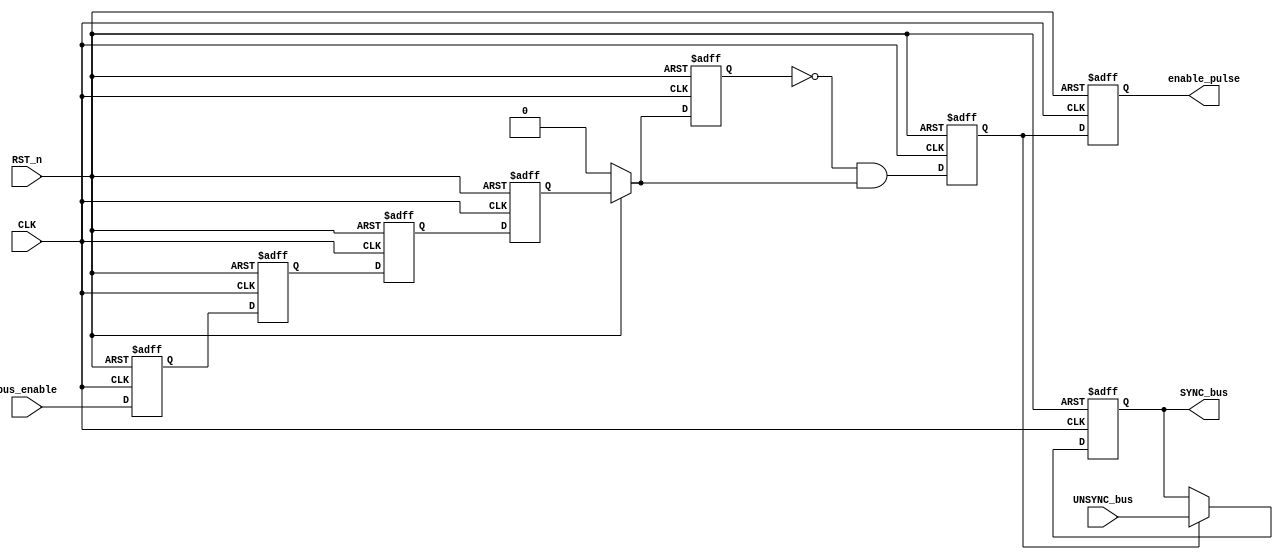
module Data_Sync #(parameter NUM_STAGES = 'd4 , parameter BUS_WIDTH = 1) (

input CLK     ,
input RST_n   ,
input bus_enable ,
input      [BUS_WIDTH -1  : 0] UNSYNC_bus ,

output  reg enable_pulse ,
output  reg [BUS_WIDTH - 1 : 0] SYNC_bus

);


reg  pulse_gen ;
reg  Q_in;
reg  [NUM_STAGES -1 : 0]  FF_Stage ;
reg  data_SYN2; 

genvar i ;

generate

	for(i = 0 ; i < NUM_STAGES ; i = i + 1)
	begin
	  
	  always @(posedge CLK or negedge RST_n)
	  begin
	  	
	  	if (!RST_n) begin
	  	    FF_Stage[i] <= 0;       // when I reset data sync here it gived multi driver issue so I did separated always as below
	  	end


	  	else if (i == 0) begin
	  		FF_Stage[i] <= bus_enable;
	  	end

        
        // else if(i == NUM_STAGES - 1) begin   //Final FF       ----->  (1)
        //     data_SYN2 <= FF_Stage [i-1]; 
        // end
	  	
	  	else begin
	        FF_Stage[i] <= FF_Stage[i-1];		
	  	end

	  end
	end  



	always @(*) begin               //I did this separated always for data_sync to avoid multtiple driver issue caused when I used --> (1)
		if(!RST_n) begin
			data_SYN2 = 0;          // why I need to do that while the out is right --> as in the first solutoion for a certain period of time at beginning 
		end else begin              // the data_sync has an unknown value so I need to avoid this by reseting and can't use 1 so I did this separated always 
			 data_SYN2 = FF_Stage [NUM_STAGES - 1] ;
		end
	end
	
endgenerate


/////////////////////////////////////////////
/////////////// Pulse Generator /////////////
/////////////////////////////////////////////

always @(posedge CLK or negedge RST_n) begin
	if (!RST_n) begin
	 pulse_gen <= 1'b0;
	 Q_in  <= 1'b0;
	end

	else begin
     Q_in <= data_SYN2;
	 pulse_gen <= ~Q_in & data_SYN2 ;	
	end
end



/////////////////////////////////////////////
//////////////// SYNC BUS ///////////////////
/////////////////////////////////////////////


always @(posedge CLK or negedge RST_n) begin
	if (!RST_n) begin
	   SYNC_bus <= 1'b0;
	end

	else begin
	  SYNC_bus <= (pulse_gen)? UNSYNC_bus : SYNC_bus;	
	end
end



/////////////////////////////////////////////
///////////////// Enable Bus ////////////////
/////////////////////////////////////////////

always @(posedge CLK or negedge RST_n) begin
	if (!RST_n) begin
	  enable_pulse <= 1'b0;
	end

	else begin
	  enable_pulse <= pulse_gen;	
	end
end



endmodule







///////////////////////////////////////////////////////////////////////////
////////////////////////////TESTBENCH /////////////////////////////////////
///////////////////////////////////////////////////////////////////////////






// module Data_Sync_tb;

// parameter PERIOD_CLOCK = 100;
// parameter BUS_WIDTH  = 'd8;
// parameter NUM_STAGES = 'd4;


// reg RST_n   ;
// reg CLK     ;
// reg bus_enable ;
// reg [BUS_WIDTH -1  : 0] UNSYNC_bus ;

// wire enable_pulse ;
// wire [BUS_WIDTH - 1 : 0] SYNC_bus;


// Data_Sync #(.NUM_STAGES(NUM_STAGES) , .BUS_WIDTH(BUS_WIDTH) ) dut (

// .CLK(CLK)     ,
// .RST_n(RST_n)   ,
// .bus_enable(bus_enable) ,
// .UNSYNC_bus(UNSYNC_bus) ,
// .enable_pulse(enable_pulse) ,
// .SYNC_bus(SYNC_bus)

// );


// integer i;


// always #(PERIOD_CLOCK/2) CLK = ~ CLK ;


// initial begin

// CLK   = 0 ;
// bus_enable = 0 ; 
// UNSYNC_bus = 0;

// RST_n = 1'b0 ;
// #(PERIOD_CLOCK);
// RST_n = 1'b1;


// @(negedge CLK)      ;
// UNSYNC_bus = 8'hF2  ;
// #(2 * PERIOD_CLOCK) ;
// bus_en_zero_to_one();
// CHECK_RESULT(UNSYNC_bus);

// #(PERIOD_CLOCK)     ;
// UNSYNC_bus = 8'hAA  ;

// #(PERIOD_CLOCK)
// bus_en_one_to_zero();
// UNSYNC_bus = 8'hBB;
// #(3 * PERIOD_CLOCK);
// if(SYNC_bus != UNSYNC_bus) $display("RIGHT SYNC DATA");
// else $display("WRONG SYNC DATA");




// RST_n = 1'b0 ;
// #(PERIOD_CLOCK);
// RST_n = 1'b1;

// $stop;

// end




// task CHECK_RESULT(input [BUS_WIDTH-1 : 0] expected_out);

// begin
	
// #((NUM_STAGES + 2) * PERIOD_CLOCK);
// if(expected_out == SYNC_bus) $display("RIGHT DATA");
// else $display("WRONG DATA !");

// if(enable_pulse == bus_enable)  $display("RIGHT enable");
// else $display("WRONG enable !");

// end

// endtask



// task bus_en_one_to_zero();

// begin
// @(negedge CLK);

// bus_enable = 1'b1;
// #(5 * PERIOD_CLOCK) 
// bus_enable = 1'b0;
// end

// endtask


// task bus_en_zero_to_one();

// begin
// @(negedge CLK);


// bus_enable = 1'b0;
// #(5 * PERIOD_CLOCK) 
// bus_enable = 1'b1;
// #(2 * PERIOD_CLOCK)
// UNSYNC_bus = 8'hCC;
// bus_enable = 1'b0;
// #(2 * PERIOD_CLOCK)
// bus_enable = 1'b1;
// end

// endtask





// endmodule